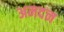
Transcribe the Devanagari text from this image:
अमदन